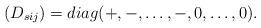
LaTeX: \begin{align*}(D_{sij})=diag(+,-,\dots,-,0,\dots,0).\end{align*}